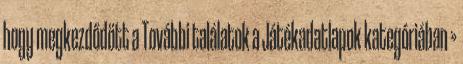
hogy megkezdődött a További találatok a Játékadatlapok kategóriában »